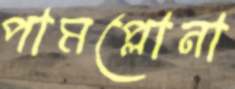
পামপ্লোনা